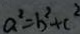
a ^ { 2 } = b ^ { 2 } + c ^ { 2 }